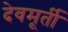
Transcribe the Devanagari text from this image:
देवमूर्ती